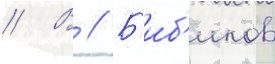
// В // Б'иб'иков